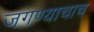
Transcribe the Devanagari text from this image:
जगण्याचाच